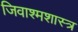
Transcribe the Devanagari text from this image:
जिवाश्मशास्त्र